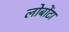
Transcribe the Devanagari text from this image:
लोबोंटा